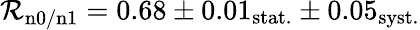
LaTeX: \mathcal{R}_{\mathrm{{n0/n1}}}=0.68\pm0.01_{\mathrm{{stat.}}}\pm0.05_{\mathrm{{syst.}}}